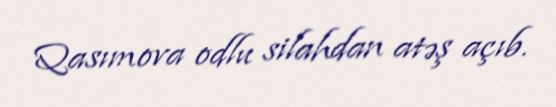
Qasımova odlu silahdan atəş açıb.